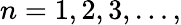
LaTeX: n=1,2,3,\ldots,